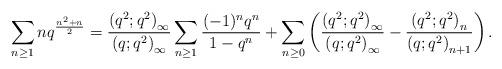
LaTeX: \begin{align*}\sum_{n\geq1}nq^{\frac{n^2+n}{2}}=\frac{\left(q^2;q^2\right)_{\infty}}{\left(q;q^2\right)_{\infty}}\sum_{n\geq1}\frac{(-1)^nq^n}{1-q^n}+\sum_{n\geq0}\left(\frac{\left(q^2;q^2\right)_{\infty}}{\left(q;q^2\right)_{\infty}}-\frac{\left(q^2;q^2\right)_{n}}{\left(q;q^2\right)_{n+1}}\right).\end{align*}